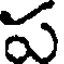
ప